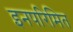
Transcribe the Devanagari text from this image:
इनपरिमित